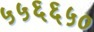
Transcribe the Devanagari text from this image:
५५६६५०